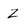
Character: Z